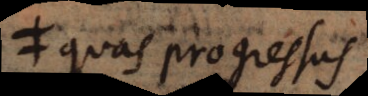
quas progressus